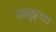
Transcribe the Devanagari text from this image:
धनपुत्रयश